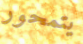
يتمحور